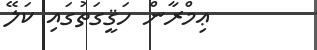
ޢިމްރާން ހަޤީގަތުގައި ކަލޭ